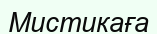
Мистикаға